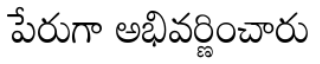
పేరుగా అభివర్ణించారు